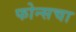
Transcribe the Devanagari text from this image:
फोन्सचा